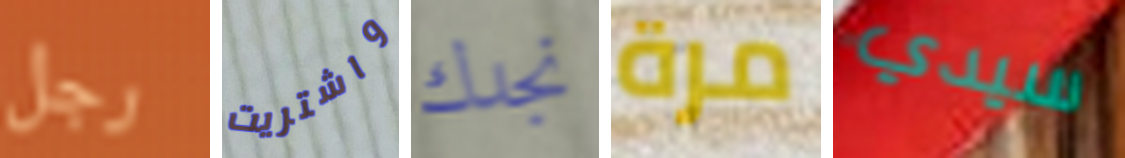
رجل واشتريت نجدك مرة سيدي